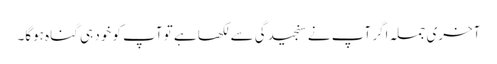
آخری جملہ اگر آپ نے سنجیدگی سے لکھا ہے تو آپ کو خود ہی گناہ ہوگا۔